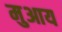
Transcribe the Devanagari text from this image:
मुआय